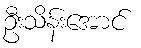
ဦးသိန်းအောင်